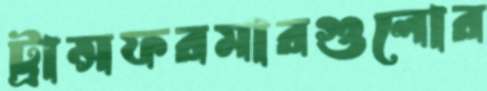
ট্রান্সফরমারগুলোর